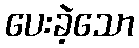
ပေးခဲ့သော